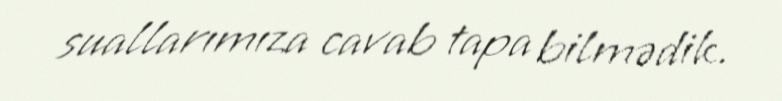
suallarımıza cavab tapa bilmədik.